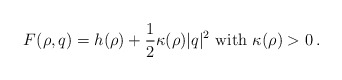
\begin{align*}F(\rho, q ) = h(\rho ) + \frac{1}{2} \kappa(\rho) |q|^2 \mbox{ with $\kappa (\rho) > 0$}\, .\end{align*}